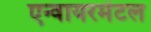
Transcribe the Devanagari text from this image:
एन्वायरमेंटल